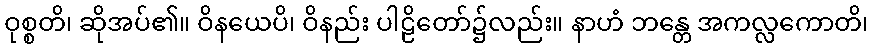
ဝုစ္စတိ၊ ဆိုအပ်၏။ ဝိနယေပိ၊ ဝိနည်း ပါဠိတော်၌လည်း။ နာဟံ ဘန္တေ အကလ္လကောတိ၊